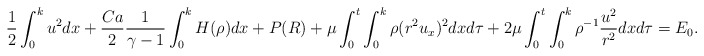
\begin{align*}\frac{1}{2}\int_0^ku^2dx+\frac{Ca}{2}\frac{1}{\gamma-1}\int_0^kH(\rho)dx+P(R)+\mu\int_0^t\int_0^k\rho(r^2u_x)^2dxd\tau+2\mu\int_0^t\int_0^k\rho^{-1}\frac{u^2}{r^2}dxd\tau=E_0.\end{align*}